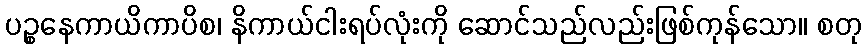
ပဉ္စနေကာယိကာပိစ၊ နိကာယ်ငါးရပ်လုံးကို ဆောင်သည်လည်းဖြစ်ကုန်သော။ စတု